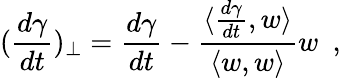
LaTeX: (\frac{d\gamma}{dt})_{\perp}=\frac{d\gamma}{dt}-\frac{\langle\frac{d\gamma}{dt},w\rangle}{\langle w,w\rangle}w\ \ ,